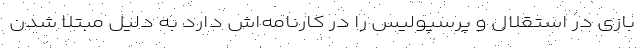
بازی در استقلال و پرسپولیس را در کارنامه‌اش دارد به دلیل مبتلا شدن